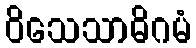
ဝိသေသာဓိဂမံ